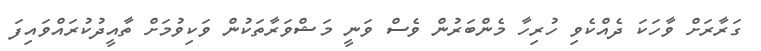
ގަރާރަށް ވާހަކަ ދެއްކެވި ހުރިހާ މެންބަރުން ވެސް ވަނީ މަޝްވަރާތަކުން ވަކިވުމަށް ތާއީދުކުރައްވައިފަ